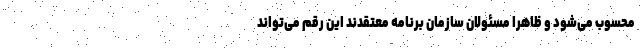
محسوب می‌شود و ظاهرا مسئولان سازمان برنامه معتقدند این رقم می‌تواند